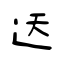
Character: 迗